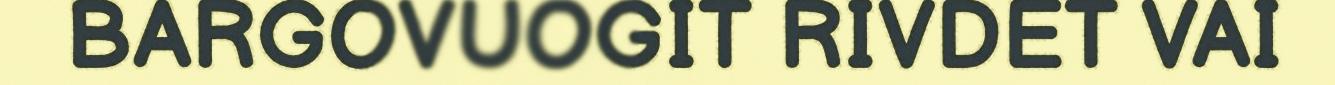
BARGOVUOGIT RIVDET VAI